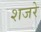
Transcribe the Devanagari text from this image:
शजरे